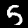
Label: 5